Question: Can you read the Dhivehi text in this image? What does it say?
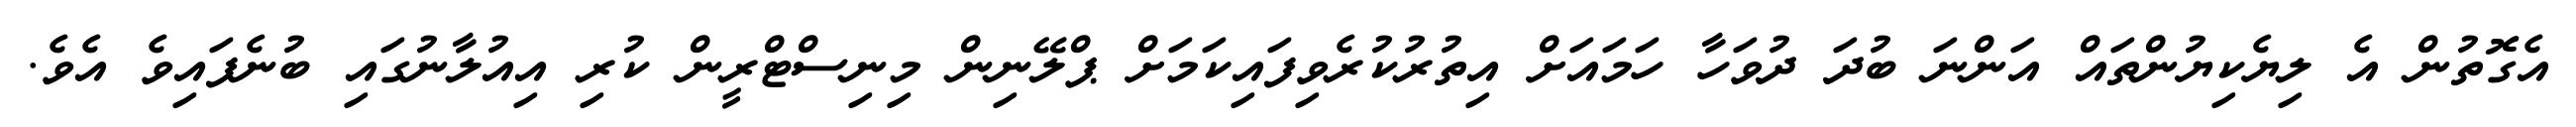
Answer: އެގޮތުން އެ ލިޔެކިޔުންތައް އަންނަ ބުދަ ދުވަހާ ހަމައަށް އިތުރުކުރެވިފައިކަމަށް ޕްލޭނިން މިނިސްޓްރީން ކުރި އިއުލާނުގައި ބުނެފައިވެ އެވެ.